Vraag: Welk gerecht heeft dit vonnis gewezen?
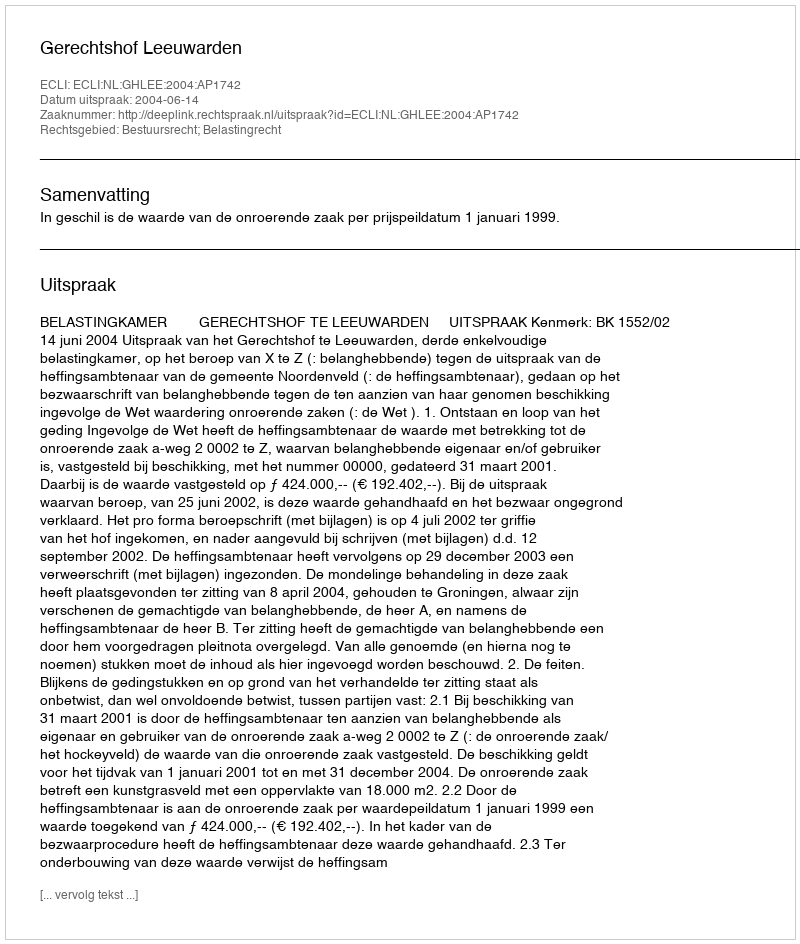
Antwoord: Gerechtshof Leeuwarden